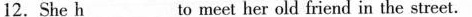
12.She h___ to meet her old friend in the street.